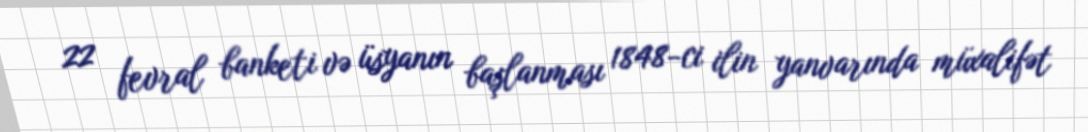
22 fevral banketi və üsyanın başlanması 1848-ci ilin yanvarında müxalifət